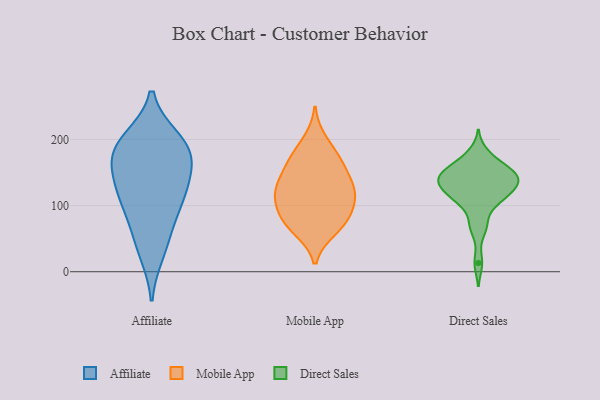
{"axis": {"x": "Waste Production (Tons)", "y": "Value"}, "legend": ["Affiliate", "Direct Sales", "Mobile App"], "data": [{"x": "", "y": 29, "type": "Affiliate"}, {"x": "", "y": 117, "type": "Affiliate"}, {"x": "", "y": 188, "type": "Affiliate"}, {"x": "", "y": 124, "type": "Affiliate"}, {"x": "", "y": 171, "type": "Affiliate"}, {"x": "", "y": 155, "type": "Affiliate"}, {"x": "", "y": 196, "type": "Affiliate"}, {"x": "", "y": 200, "type": "Affiliate"}, {"x": "", "y": 173, "type": "Affiliate"}, {"x": "", "y": 88, "type": "Affiliate"}, {"x": "", "y": 54, "type": "Affiliate"}, {"x": "", "y": 116, "type": "Affiliate"}, {"x": "", "y": 111, "type": "Mobile App"}, {"x": "", "y": 178, "type": "Mobile App"}, {"x": "", "y": 63, "type": "Mobile App"}, {"x": "", "y": 118, "type": "Mobile App"}, {"x": "", "y": 62, "type": "Mobile App"}, {"x": "", "y": 76, "type": "Mobile App"}, {"x": "", "y": 153, "type": "Mobile App"}, {"x": "", "y": 200, "type": "Mobile App"}, {"x": "", "y": 122, "type": "Mobile App"}, {"x": "", "y": 164, "type": "Mobile App"}, {"x": "", "y": 117, "type": "Mobile App"}, {"x": "", "y": 134, "type": "Mobile App"}, {"x": "", "y": 81, "type": "Mobile App"}, {"x": "", "y": 168, "type": "Mobile App"}, {"x": "", "y": 97, "type": "Mobile App"}, {"x": "", "y": 87, "type": "Mobile App"}, {"x": "", "y": 134, "type": "Mobile App"}, {"x": "", "y": 127, "type": "Direct Sales"}, {"x": "", "y": 149, "type": "Direct Sales"}, {"x": "", "y": 180, "type": "Direct Sales"}, {"x": "", "y": 67, "type": "Direct Sales"}, {"x": "", "y": 104, "type": "Direct Sales"}, {"x": "", "y": 141, "type": "Direct Sales"}, {"x": "", "y": 70, "type": "Direct Sales"}, {"x": "", "y": 167, "type": "Direct Sales"}, {"x": "", "y": 111, "type": "Direct Sales"}, {"x": "", "y": 116, "type": "Direct Sales"}, {"x": "", "y": 147, "type": "Direct Sales"}, {"x": "", "y": 13, "type": "Direct Sales"}, {"x": "", "y": 148, "type": "Direct Sales"}, {"x": "", "y": 129, "type": "Direct Sales"}, {"x": "", "y": 150, "type": "Direct Sales"}, {"x": "", "y": 106, "type": "Direct Sales"}, {"x": "", "y": 161, "type": "Direct Sales"}, {"x": "", "y": 139, "type": "Direct Sales"}, {"x": "", "y": 128, "type": "Direct Sales"}, {"x": "", "y": 134, "type": "Direct Sales"}]}